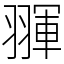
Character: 𦑩